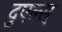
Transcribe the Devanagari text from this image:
दुएल्स्